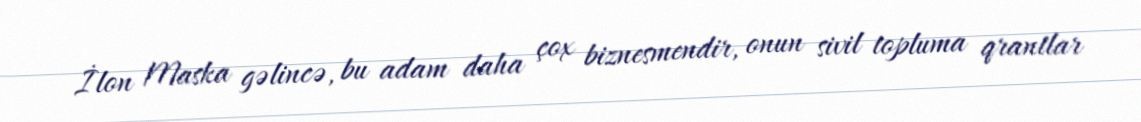
İlon Maska gəlincə, bu adam daha çox biznesmendir, onun sivil topluma qrantlar